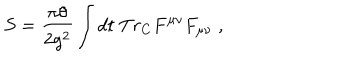
LaTeX: S = \frac { \pi \theta } { 2 g ^ { 2 } } \int d t \; T r _ { C } F ^ { \mu \nu } F _ { \mu \nu } \; ,